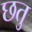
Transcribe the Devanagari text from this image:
छतु